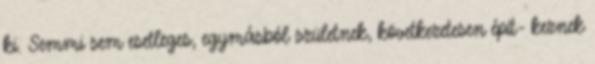
ki. Semmi sem esetleges, egymásból születnek, következetesen épít- keznek